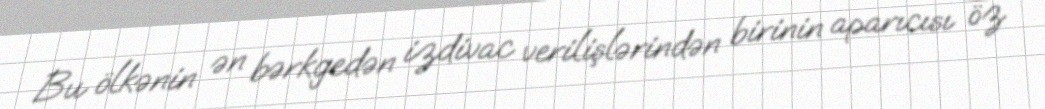
Bu ölkənin ən bərkgedən izdivac verilişlərindən birinin aparıcısı öz